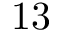
1 3